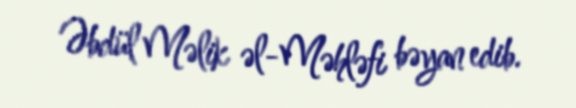
Əbdül Məlik əl-Məhləfi bəyan edib.